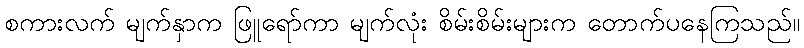
စကားလက် မျက်နှာက ဖြူရော်ကာ မျက်လုံး စိမ်းစိမ်းများက တောက်ပနေကြသည်။